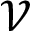
\mathcal { V }